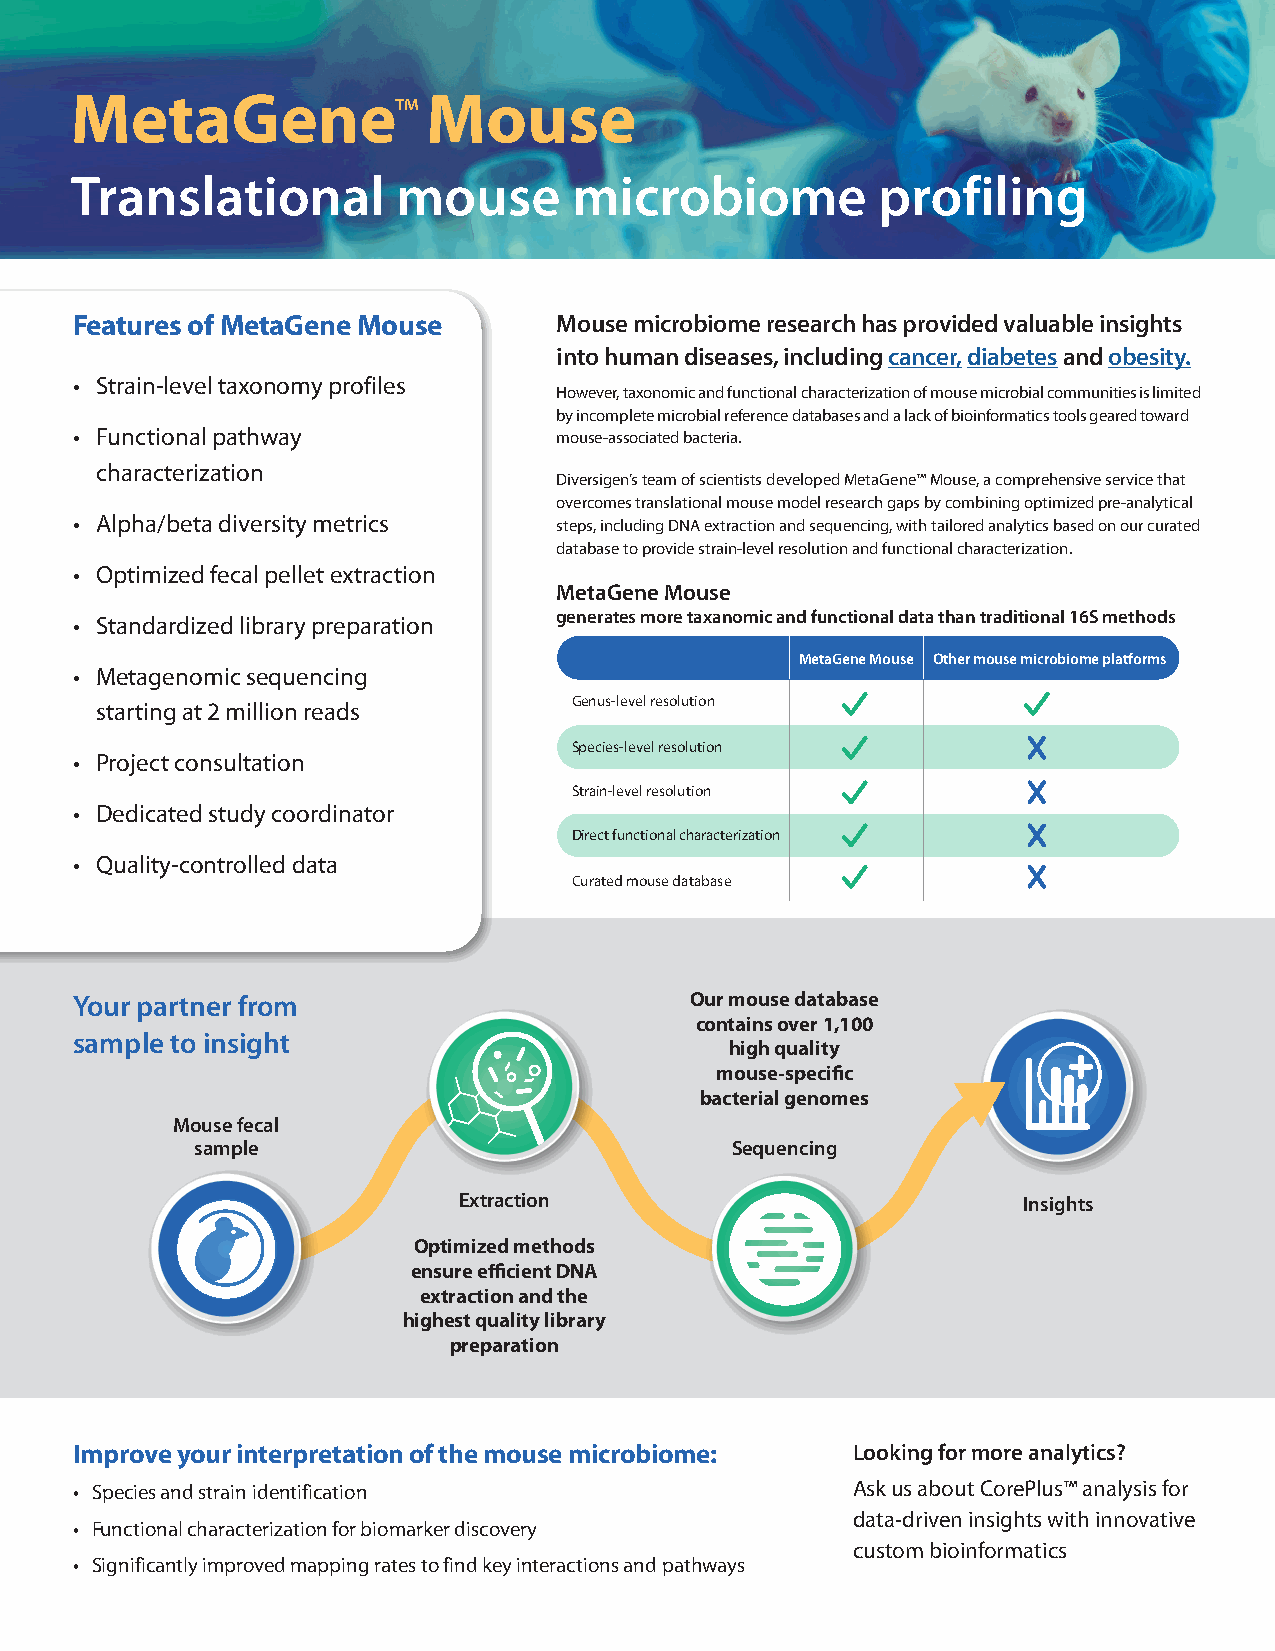
MetaGene               Mouse
 ™
 Translational        mouse       microbiome          profiling
 Features of MetaGene Mouse      Mouse microbiome research has provided valuable insights
 into human diseases, including cancer, diabetes and obesity.
 • Strain-level taxonomy profiles
 However, taxonomic and functional characterization of mouse microbial communities is limited
 by incomplete microbial reference databases and a lack of bioinformatics tools geared toward
 • Functional pathway            mouse-associated bacteria.
 characterization
 Diversigen’s team of scientists developed MetaGene™ Mouse, a comprehensive service that
 overcomes translational mouse model research gaps by combining optimized pre-analytical
 • Alpha/beta diversity metrics  steps, including DNA extraction and sequencing, with tailored analytics based on our curated
 database to provide strain-level resolution and functional characterization.
 • Optimized fecal pellet extraction
 MetaGene Mouse
 generates more taxanomic and functional data than traditional 16S methods
 • Standardized library preparation
 MetaGene Mouse Other mouse microbiome platforms
 • Metagenomic sequencing
 Genus-level resolution
 starting at 2 million reads
 Species-level resolution
 • Project consultation
 Strain-level resolution
 • Dedicated study coordinator
 Direct functional characterization
 • Quality-controlled data
 Curated mouse database
 Your partner from                        Our mouse database
 contains over 1,100
 sample to insight
 high quality
 mouse-specific
 bacterial genomes
 Mouse fecal
 sample                             Sequencing
 Extraction                            Insights
 Optimized methods
 ensure efficient DNA
 extraction and the
 highest quality library
 preparation
 Improve your interpretation of the mouse microbiome: Looking for more analytics?
 • Species and strain identification                Ask us about CorePlus™ analysis for
 data-driven insights with innovative
 • Functional characterization for biomarker discovery
 custom bioinformatics
 • Significantly improved mapping rates to find key interactions and pathways